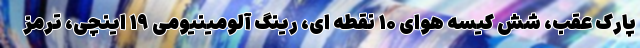
پارک عقب، شش کیسه هوای ۱۰ نقطه ای، رینگ آلومینیومی ۱۹ اینچی، ترمز